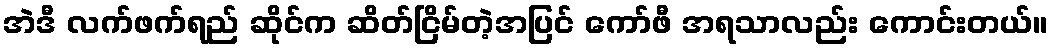
အဲဒီ လက်ဖက်ရည် ဆိုင်က ဆိတ်ငြိမ်တဲ့အပြင် ကော်ဖီ အရသာလည်း ကောင်းတယ်။